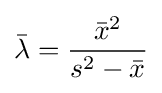
{\bar {\lambda }}={\frac {{\bar {x}}^{2}}{s^{2}-{\bar {x}}}}